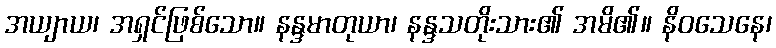
အယျာယ၊ အရှင်ဖြစ်သော။ နန္ဒမာတုယာ၊ နန္ဒသတိုးသား၏ အမိ၏။ နိဝသေနေ၊